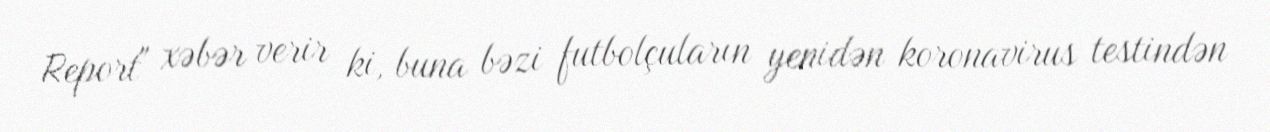
Report" xəbər verir ki, buna bəzi futbolçuların yenidən koronavirus testindən